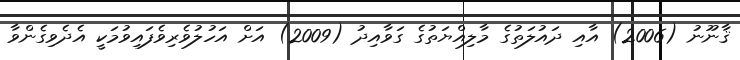
ޤާނޫނު (2006) އާއި ދައުލަތުގެ މާލިއްޔަތުގެ ގަވާއިދު (2009) އަށް އަހުލުވެރިވެފައިވުމަކީ އެދެވިގެންވާ